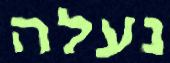
נעלה